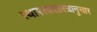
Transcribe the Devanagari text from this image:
स्थापत्यशास्त्रानुसार